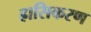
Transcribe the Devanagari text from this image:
ह्रासिकरण